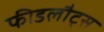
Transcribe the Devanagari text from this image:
फीडलौट्स